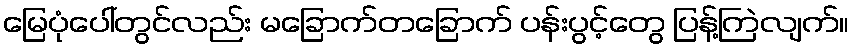
မြေပုံပေါ်တွင်လည်း မခြောက်တခြောက် ပန်းပွင့်တွေ ပြန့်ကြဲလျက်။